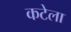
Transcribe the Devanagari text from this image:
कटेला